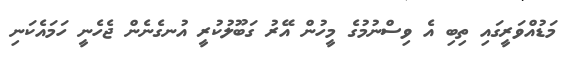
މަޑުއްވަރީގައި ތިބި އެ ވިސްނުމުގެ މީހުން އޭރު ގަބޫލުކުރީ އުނގެނެން ޖެހެނީ ހަމައެކަނި